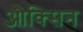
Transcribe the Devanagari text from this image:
औक्सिन